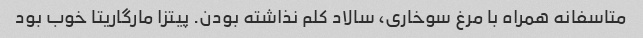
متاسفانه همراه با مرغ سوخاری، سالاد کلم نذاشته بودن. پیتزا مارگاریتا خوب بود